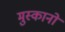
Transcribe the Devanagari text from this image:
मुस्कानों